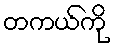
တကယ်ကို